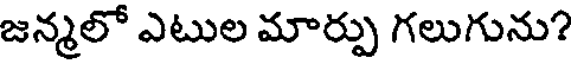
జన్మలో ఎటుల మార్పు గలుగును?